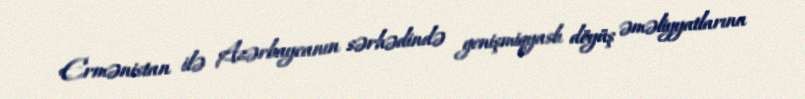
Ermənistan ilə Azərbaycanın sərhədində genişmiqyaslı döyüş əməliyyatlarına